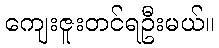
ကျေးဇူးတင်ရဦးမယ်။